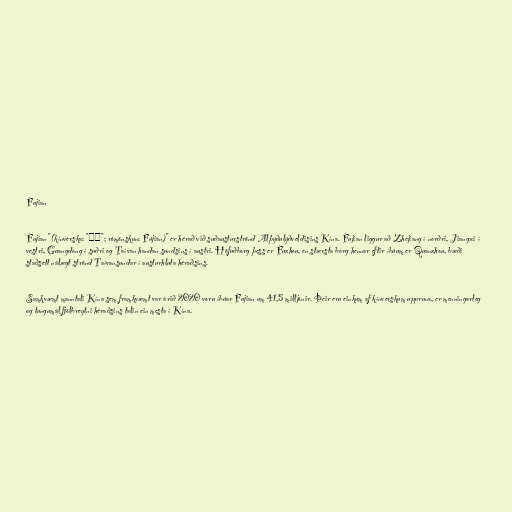
Fujian

Fujian "(kínverska: "福建"; rómönskun: Fújiàn)" er hérað við suðausturströnd Alþýðulýðveldisins Kína. Fujian liggur að Zhejiang í norðri, Jiangxi í
vestri, Guangdong í suðri og Taívan handan sundsins í austri. Höfuðborg þess er Fuzhou, en stærsta borg hennar eftir íbúum er Quanzhou, bæði
staðsett nálægt strönd Taívansundar í austurhluta héraðsins.

Samkvæmt manntali Kína sem framkvæmt var árið 2020 voru íbúar Fujian um 41,5 milljónir. Þeir eru einkum af kínverskum uppruna, er menningarleg
og tungumál fjölbreytni héraðsins talin ein mesta í Kína.